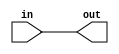
`timescale 1ns / 1ps
//////////////////////////////////////////////////////////////////////////////////
// Company: 
// Engineer: 
// 
// Design Name: 
// Module Name:    mov_ALU 
// Project Name: 
// Target Devices: 
// Tool versions: 
// Description: 
//
// Dependencies: 
//
// Revision: 
// Revision 0.01 - File Created
// Additional Comments: 
//
//////////////////////////////////////////////////////////////////////////////////
module mov_ALU(in, out);
	
	input in;
	output out;
	
	assign out = in;

endmodule